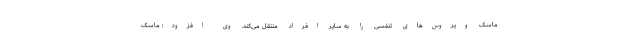
ماسک ویروس‌های تنفسی را به سایر افراد منتقل می‌کند. وی افزود: ماسک